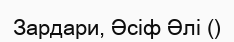
Зардари, Әсіф Әлі ()